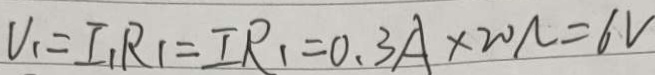
V _ { 1 } = I _ { 1 } R _ { 1 } = I R _ { 1 } = 0 . 3 A \times 2 0 N = 6 V